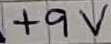
Text: +9V